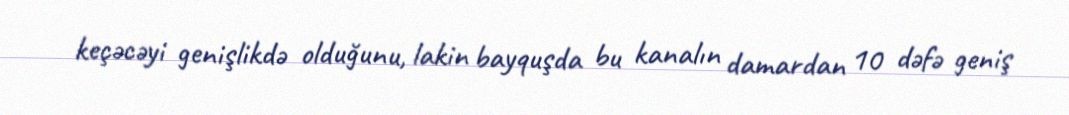
keçəcəyi genişlikdə olduğunu, lakin bayquşda bu kanalın damardan 10 dəfə geniş